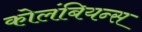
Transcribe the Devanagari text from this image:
कोलंबियन्स